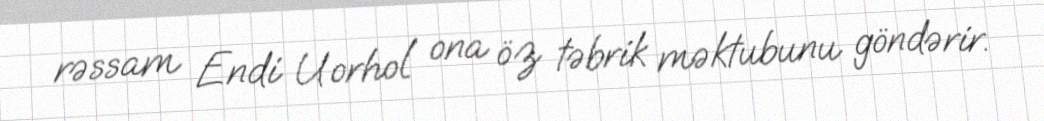
rəssam Endi Uorhol ona öz təbrik məktubunu göndərir.